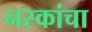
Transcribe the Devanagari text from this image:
नस्कांचा